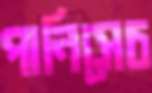
পানিসেচ